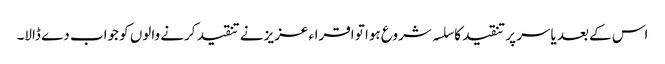
اس کے بعد یاسر پر تنقید کا سلسہ شروع ہوا تو اقراء عزیز نے تنقید کرنے والوں کو جواب دے ڈالا۔